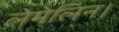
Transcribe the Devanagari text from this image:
लेमेलिन।